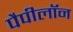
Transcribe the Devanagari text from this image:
पैपीलॉन